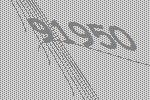
91950